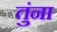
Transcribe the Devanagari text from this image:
तुंना